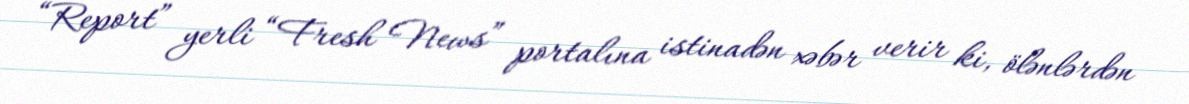
“Report” yerli “Fresh News” portalına istinadən xəbər verir ki, ölənlərdən